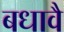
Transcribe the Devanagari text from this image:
बधावै